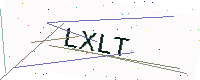
Text: LXLT